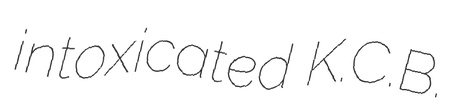
intoxicated K.C.B.